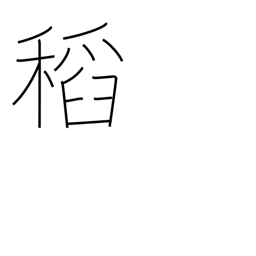
Meaning: rice plant